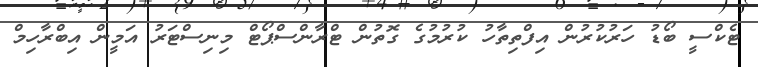
ޓެކްސީ ބޯޑު ހަރުކުރުން އިފްތިތާހު ކުރުމުގެ ގޮތުން ޓްރާންސްޕޯޓް މިނިސްޓަރު އަމީން އިބްރާހިމް